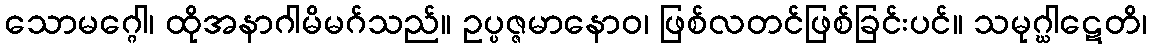
သောမဂ္ဂေါ၊ ထိုအနာဂါမိမဂ်သည်။ ဥပ္ပဇ္ဇမာနောဝ၊ ဖြစ်လတင်ဖြစ်ခြင်းပင်။ သမုဂ္ဃါဋေတိ၊